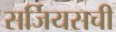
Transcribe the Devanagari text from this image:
सर्जियसची